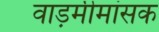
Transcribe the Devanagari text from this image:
वाड़मीमांसक